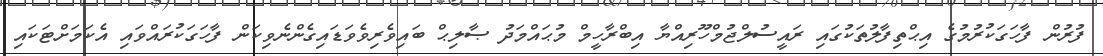
ފުރުން ފާހަގަކުރުމުގެ އިޙްތިފާލުތަކުގައި ރައީސުލްޖުމްހޫރިއްޔާ އިބްރާހީމް މުޙައްމަދު ޞާލިޙް ބައިވެރިވެވަޑައިގެންނެވިކަން ފާހަގަކުރައްވައި އެކަމަށްޓަކައި